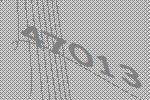
47013